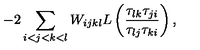
- 2 \sum _ { i < j < k < l } W _ { i j k l } L \left( \frac { \tau _ { l k } \tau _ { j i } } { \tau _ { l j } \tau _ { k i } } \right) ,